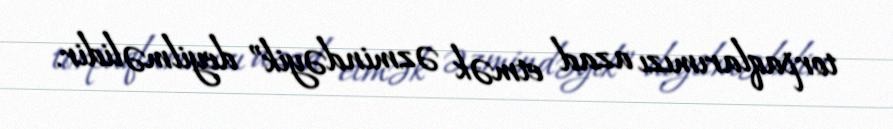
torpaqlarımızı azad etmək əzmindəyik” deyilməlidir.